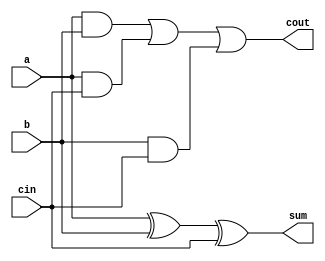
/*Name : Shrinidhi Anil Varna 	Roll no.: 17CO145
	 Vybhav Pai             Roll no.: 17CO252
*/

module FA(a,b,cin,sum,cout);		//module for 1 bit adder

	input a,b,cin;
	output sum,cout;
	wire t1,t2,t3;

	xor(sum,a,b,cin);
	and(t1,a,b);
	and(t2,a,cin);
	and(t3,b,cin);
	or(cout,t1,t2,t3);

endmodule

module alu(a,b,cin,control,result,cout);	// module for 1 bit alu

	input a,b,cin;
	input [3:0]control;
	output result,cout;
	wire t1,t2;
	wire ain,bin;
	wire sum,slt;
	wire t3,t4;

	assign ain=control[3] ? ~a:a;
	assign bin=control[2] ? ~b:b;
	
	and (t1,ain,bin);
	or (t2,ain,bin);
	FA a0(ain,bin,cin,sum,cout);
	assign slt=~cout;
	
	assign t3 = control[0]?t2:t1;
	assign t4 = control[0]?slt:sum;
	assign result = control[1]?t4:t3;

endmodule

module alu4(a,b,cin,control,result,cout);	// module for 4 bit alu

	input [3:0]a;
	input [3:0]b;
	input [3:0]control;
	input cin;
	output [3:0]result;
	output cout;
	wire c1,c2,c3;
	
	alu a0(a[0],b[0],cin,control,result[0],c1);
	alu a1(a[1],b[1],c1,control,result[1],c2);
	alu a2(a[2],b[2],c2,control,result[2],c3);
	alu a3(a[3],b[3],c3,control,result[3],cout);
	
endmodule

module alu16(a,b,cin,control,result,cout);	// module for 16 bit alu
	
	input [15:0]a;
	input [15:0]b;
	output [15:0] result;
	input [3:0] control;
	input cin;
	output cout;
	wire c1,c2,c3;
	alu4 M1(a[3:0],b[3:0],cin,control,result[3:0],c1);
	alu4 M2(a[7:4],b[7:4],c1,control,result[7:4],c2);
	alu4 M3(a[11:8],b[11:8],c2,control,result[11:8],c3);
	alu4 M4(a[15:12],b[15:12],c3,control,result[15:12],cout);
endmodule

module alu64(a,b,cin,control,result,cout,zero,overflow);	// module for 64 bit alu
	
	input [63:0]a;
	input [63:0]b;
	output [63:0] result;
	input [3:0] control;
	input cin;
	output cout;
	output zero;
	output overflow;
	wire c1,c2,c3;
	alu16 M1(a[15:0],b[15:0],cin,control,result[15:0],c1);
	alu16 M2(a[31:16],b[31:16],c1,control,result[31:16],c2);
	alu16 M3(a[47:32],b[47:32],c2,control,result[47:32],c3);
	alu16 M4(a[63:48],b[63:48],c3,control,result[63:48],cout);
	assign zero = ~|result;
	assign overflow = control[1] & ((a[63] & b[63] & ~result[63]) | (~a[63] & ~b[63] & result[63]));
endmodule